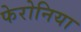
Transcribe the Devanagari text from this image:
फेरोनिया